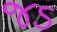
જડ